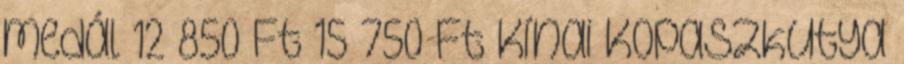
medál 12 850 Ft 15 750 Ft Kínai Kopaszkutya